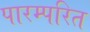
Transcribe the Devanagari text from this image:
पारम्परित